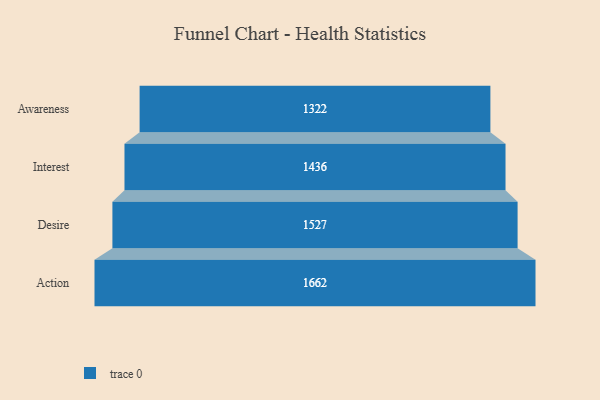
{"axis": {"x": "Stage", "y": "Value"}, "legend": [""], "data": [{"x": "Awareness", "y": 1322.0, "type": ""}, {"x": "Interest", "y": 1436.0, "type": ""}, {"x": "Desire", "y": 1527.0, "type": ""}, {"x": "Action", "y": 1662.0, "type": ""}]}